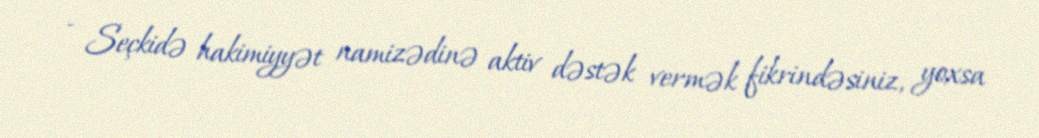
- Seçkidə hakimiyyət namizədinə aktiv dəstək vermək fikrindəsiniz, yoxsa